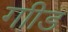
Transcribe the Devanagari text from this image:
गाीड